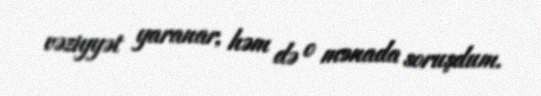
vəziyyət yaranar, həm də o mənada soruşdum.